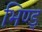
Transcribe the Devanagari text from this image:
भिण्ड्